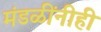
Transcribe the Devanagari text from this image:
मंडळींनीही